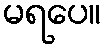
မရပေ။